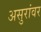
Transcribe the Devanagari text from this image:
असुरांवर